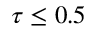
\tau \leq 0 . 5